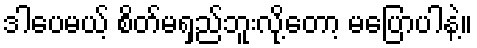
ဒါပေမယ့် စိတ်မရှည်ဘူးလို့တော့ မပြောပါနဲ့။